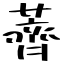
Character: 薺